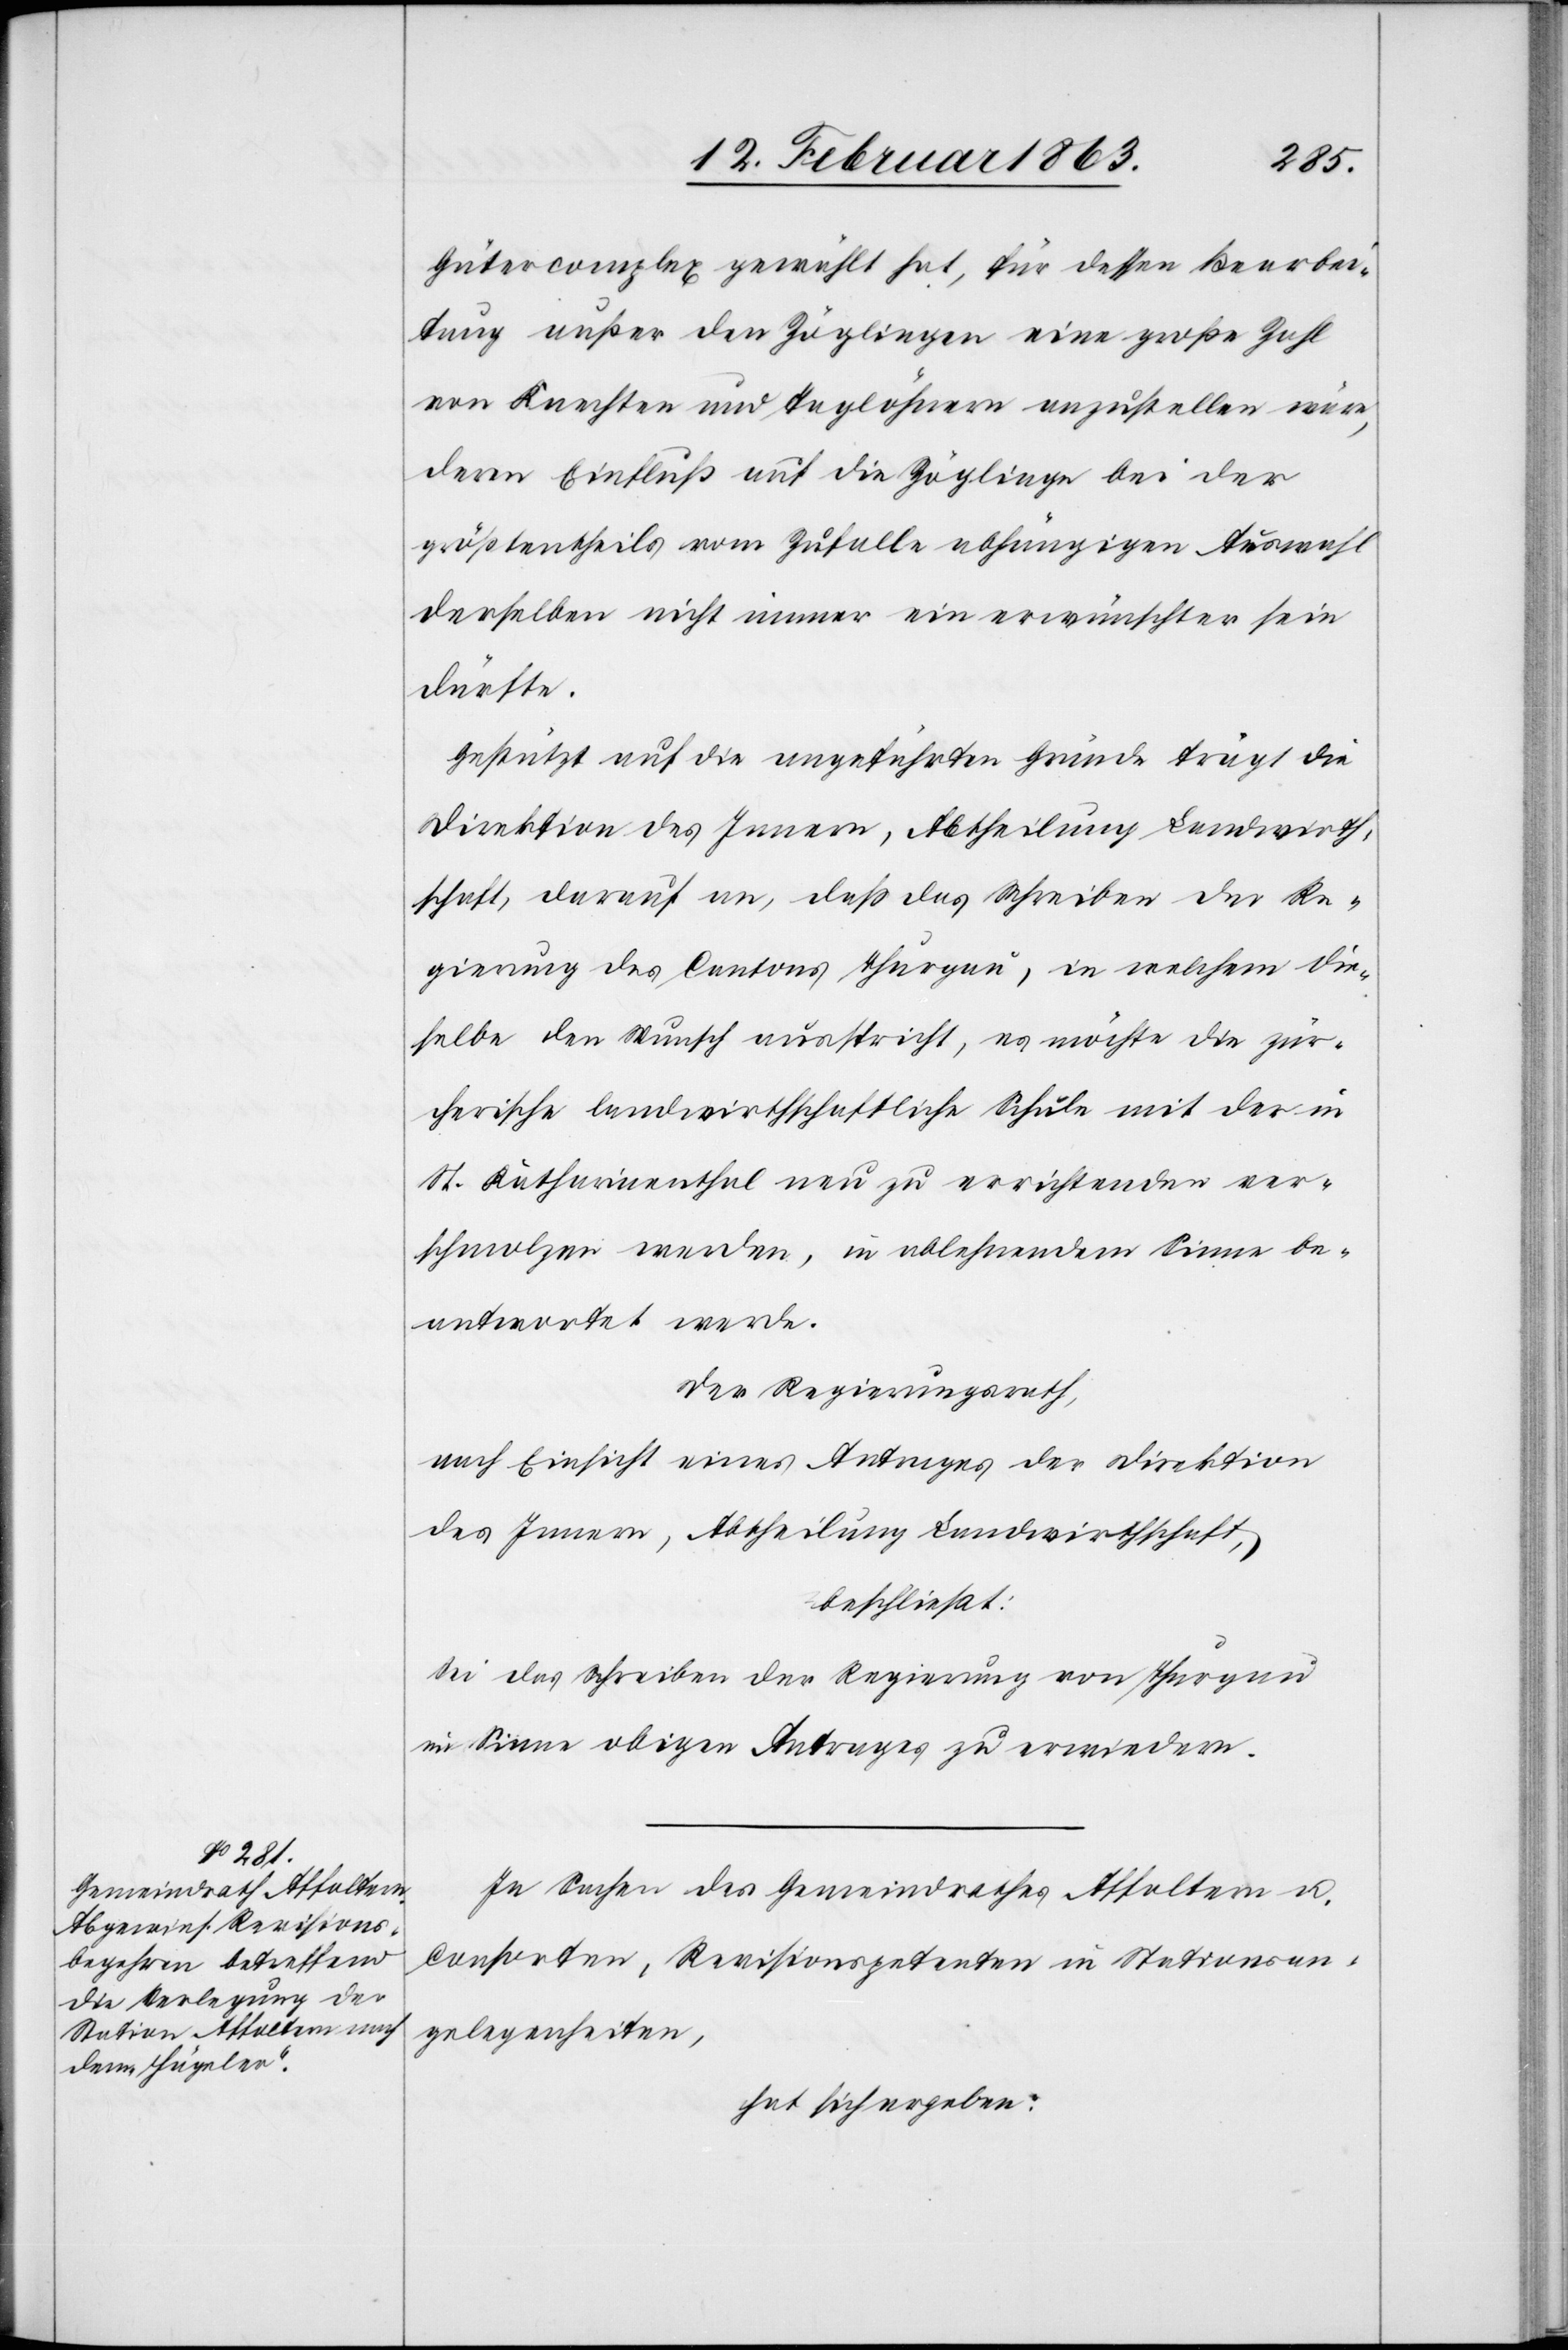
Gütercomplex gewählt hat, für dessen Bearbei¬
tung außer den Zöglingen eine große Zahl
von Knechten und Taglöhnern anzustellen wäre,
deren Einfluß auf die Zöglinge bei der
größtentheils vom Zufalle abhängigen Auswahl
derselben nicht immer ein erwünschter sein
dürfte.
Gestützt auf die angeführten Gründe trägt die
Direktion des Innern, Abtheilung Landwirth¬
schaft, darauf an, daß das Schreiben der Re¬
gierung des Cantons Thurgau, in welchem die¬
selbe den Wunsch ausspricht, es möchte die zür¬
cherische landwirtschaftliche Schule mit der in
St. Katharinenthal neu zu errichtenden ver¬
schmolzen werden, in ablehnendem Sinne be¬
antwortet werde.
Der Regierungsrath,
nach Einsicht eines Antrages der Direktion
des Innern, Abtheilung Landwirthschaft,
beschließt:
Sei das Schreiben der Regierung von Thurgau
im Sinne obigen Antrages zu erwiedern.
In Sachen des Gemeindrathes Affoltern u.
Consorten, Revisionspetenten in Stationsan¬
gelegenheiten,
hat sich ergeben: